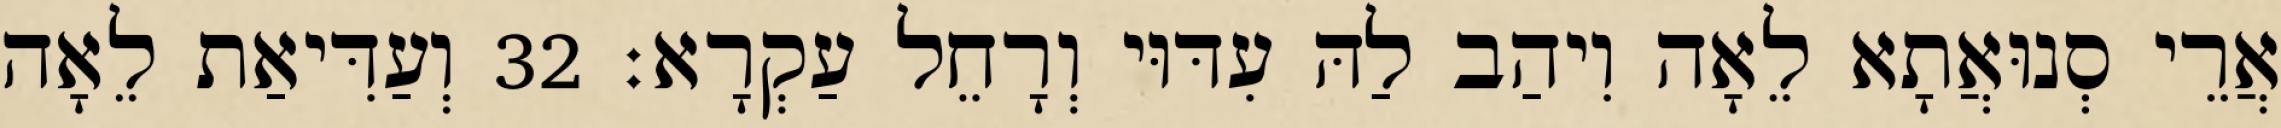
אֲרֵי סְנוּאֲתָא לֵאָה וִיהַב לַהּ עִדּוּי וְרָחֵל עַקְרָא׃ 32 וְעַדִּיאַת לֵאָה